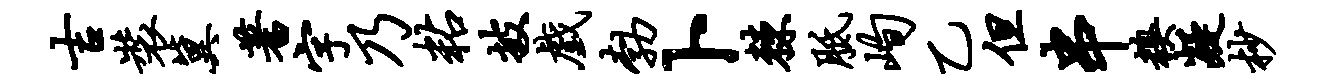
吉装冀蓍字乃粘披戏勃卜棘胝峋乙但串糗凝杪